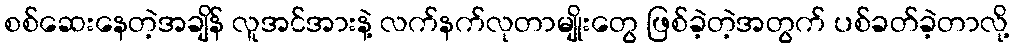
စစ်ဆေးနေတဲ့အချိန် လူအင်အားနဲ့ လက်နက်လုတာမျိုးတွေ ဖြစ်ခဲ့တဲ့အတွက် ပစ်ခတ်ခဲ့တာလို့